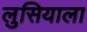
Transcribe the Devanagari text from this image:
लुसियाला